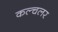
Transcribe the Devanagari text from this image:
कल्चलर